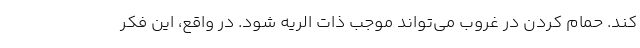
کند. حمام کردن در غروب می‌تواند موجب ذات الریه شود. در واقع، این فکر